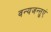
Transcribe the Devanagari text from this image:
वन्यजन्तुएं